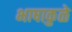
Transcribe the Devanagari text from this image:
भाषाकुळे